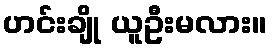
ဟင်းချို ယူဦးမလား။